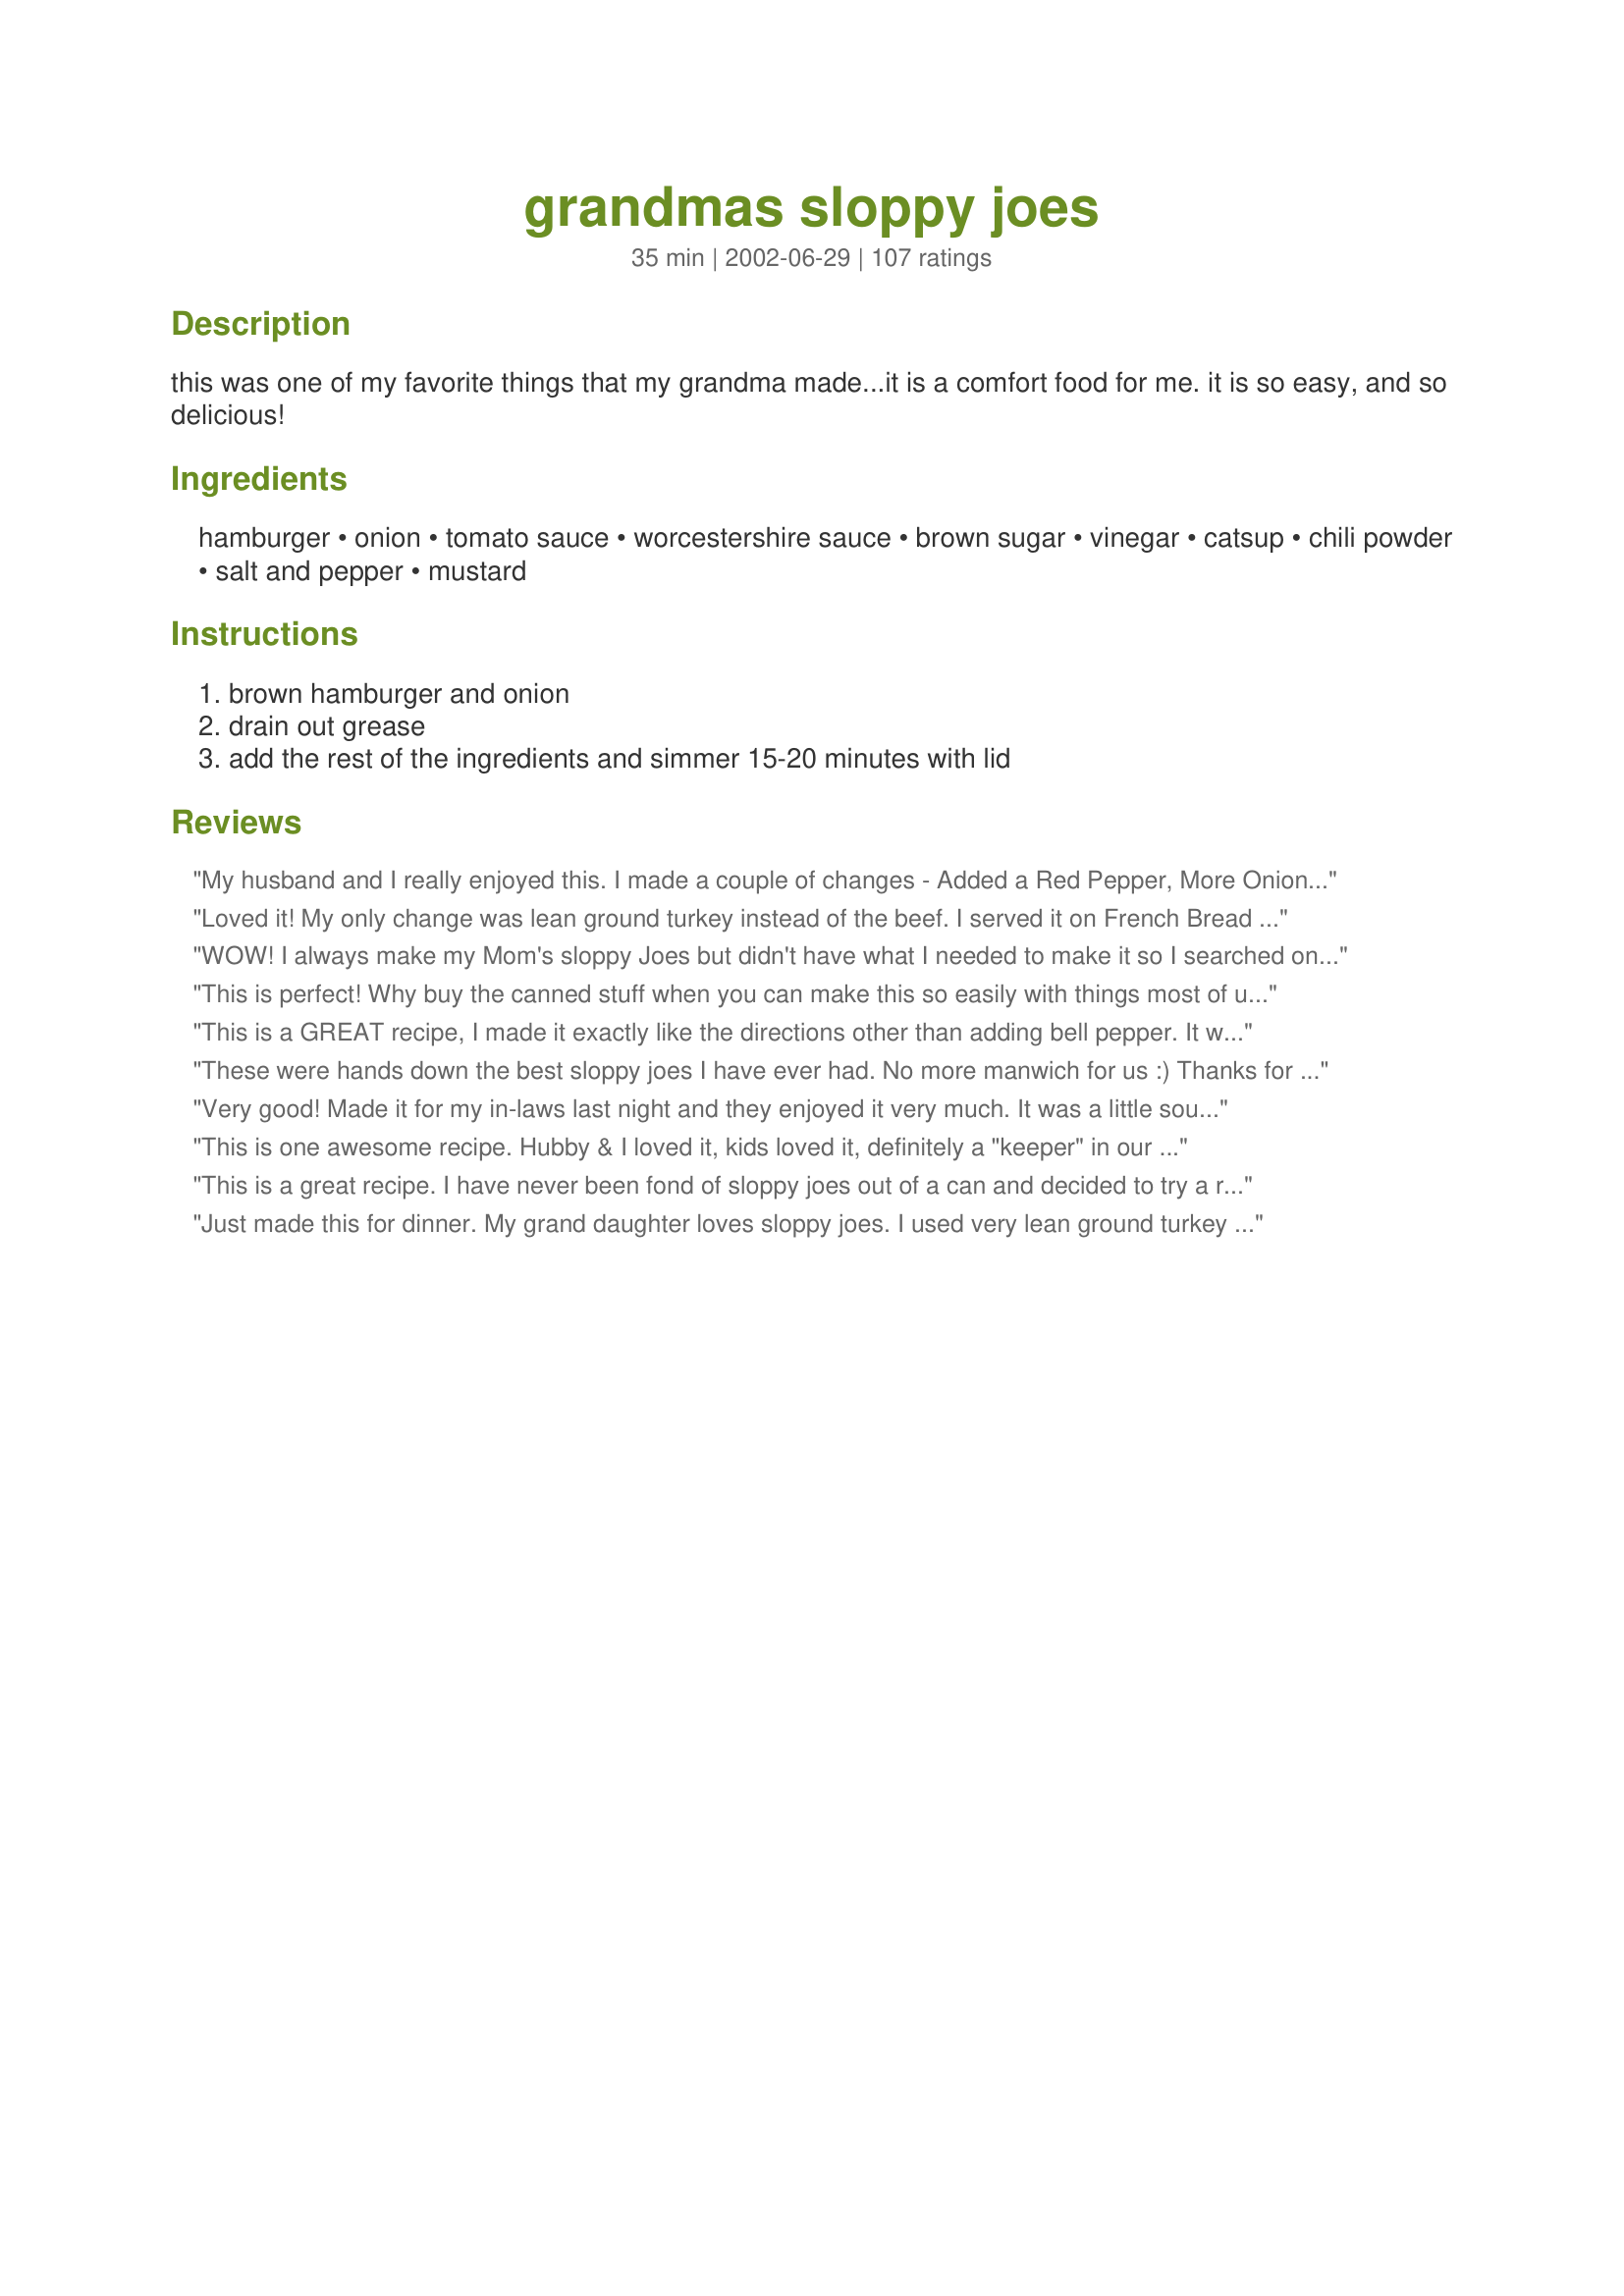
grandmas sloppy joes
Preparation time: 35 minutes

this was one of my favorite things that my grandma made...it is a comfort food for me. it is so easy, and so delicious!

Ingredients:
hamburger, onion, tomato sauce, worcestershire sauce, brown sugar, vinegar, catsup, chili powder, salt and pepper, mustard

Steps:
brown hamburger and onion, drain out grease, add the rest of the ingredients and simmer 15-20 minutes with lid

Reviews:
My husband and I really enjoyed this. I made a couple of changes - Added a Red Pepper, More Onion, A clove of Garlic, Some Garlic Powder and more Chilli Powder. It turned out perfectly over some hamburger rolls. Definitely a keeper! Thanks so much :)
Loved it! My only change was lean ground turkey instead of the beef.
I served it on French Bread and it was delicious. Thanks.
WOW! I always make my Mom's sloppy Joes but didn't have what I needed to make it so I searched on here....Thanks for making something that was soooo similar and delicious!!! I used dry mustard instead and it seemed to work great!
This is perfect! Why buy the canned stuff when you can make this so easily with things most of us have on hand all the time! I didn't use the optional mustard and I thought it was just right...not too sweet, not too tangy. This will be the one I use from now on. Thanks!..and Thanks to your Grandma too!
This is a GREAT recipe, I made it exactly like the directions other than adding bell pepper. It was so good, it would have been great without the bell pepper. I was hesitant to use chili powder but I'm glad I did. I started out with one teaspoon and it was so good I went ahead and added the 2nd teaspoon. Will NEVER USE canned sauce again. Thanks for sharing recipe.
These were hands down the best sloppy joes I have ever had. No more manwich for us :) Thanks for this one, we will be using it from now on. The only change I made was to add 1/2 green pepper chopped fine.
Very good! Made it for my in-laws last night and they enjoyed it very much. It was a little soupy at the end of the cooking time, so I took the lid off and let it thicken up a bit. MIL asked for the recipe. I have made it (by accident) without the ketchup and it was good that way too. Miss Diggy, thanks for a great recipe!
This is one awesome recipe. Hubby & I loved it, kids loved it, definitely a "keeper" in our household! Subbed some Splenda for the brown sugar, but otherwise followed the recipe. Thanks Diggy!
This is a great recipe. I have never been fond of sloppy joes out of a can and decided to try a recipe. My whole family enjoys this recipe. I used onion powder instead of onions and it turns out great! Thanks for the recipe.
Just made this for dinner. My grand daughter loves sloppy joes. I used very lean ground turkey and it was awesome. I will keep this and continue to make these for my grandchildren and myself too. By-the-way, my grand daughter loved it.
We liked it a lot, did the exact recipe; easy to make, easy to cook, easy to serve. Who could ask for anything more?
I am writing this review as I eat these amazing sloppy joes! I just couldn&#039;t wait! I opted out of adding onion per my husbands request (he is not a huge fan of onion, although I sneak them in when I can) ;-) I also did not add musturd. All three of my girls and hubby loved them. Huge hit, will be making again... thanks!
This is an excellent sloppy joe recipe! As someone else noted, it's not sweet, which is why I tried this recipe. I absolutely loathe the sweet and meat taste combination, and this certainly didn't have that. I plan to add this to my weekend lunch rotation, because it's quick, easy and delicious. As a side note, I had some left over, so for lunch I put it in tortillas with some shredded cheddar cheese, lettuce and sour cream. It was delicious!
I used this recipe to build a vegetarian sloppy joe with mashed kidney beans and it was AMAZING! I used about half the brown sugar and ketchup called for here, no mustard, and probably a bit less chili powder as well, with red wine vinegar. To. Die. For. Perfect comfort food. Thanks so much!
This was really good...my boyfriend loved them! I had to cut the ingredients in half but they came out great!!!! Thank you for posting.
Good and easy to whip up in a flash from pantry ingredients. Thoroughly drained the fat, and ended up doubling the tomato sauce so there was enough liquid to simmer. Thanks for sharing the recipe!
Love this! My kids were actually whining and crying BEFORE tasting it, you know the usual, " I don;t like it, it's disgusting" etc. Then they finally tried it and had seconds!!! they are 4 and 6 years old and I am so happy to have something else they will not only eat but love! I di add just a little extra sugar and out in a little less chili powder, but other than that perfect for us!!! Can't wait to make again and share with friends and family! Thanks!!!
Wow! Diggy, you're sooo lucky to have such a talented grandma. What a wonderful recipe!Thanks so much for sharing this very versatile and tasty dish.It was fast and easy to make.We had it for dinner last night and really enjoyed it. I love comfort food and am looking forward to having the rest for lunch today.
Ooh! My grandmother never made anything like this! She taught me how to make jam, but that's about it. My mom wasn't much of a cook, either. This is great! Wonderful recipie. Next time I'll try the peppers and cheese, too. With cooler weather coming I forsee this a lot in the future. So much more interesting than plain burgers. And Sloppy Joes was always a mystery to me...
Awesome. Normally, I'm not a fan of the brown sugar/vinegar/ketchup/mustard idea with meat, but for whatever reason I keep making these!!! I added a couple of glugs of Diana's Original barbecue sauce and subsituted some of the tomato sauce with pizza sauce. Served on a bun with a slice of processed cheese ~ will add a couple thin rings of raw green pepper next time, I think. YUMM.
What a great recipe. Quick and easy. I made this last night and even my son said it was really good. I made it exactly as stated and I added some celery green peppers and roasted red peppers from the jar. Just personal preference. It turned out great. Thank you, I'll be making this again. Best of all I won't have to buy the stuff in the can anymore because my son loves sloppy joes.
I tried it and these were great. I halfed the recipe and omitted the mustard. I used onion powder instead of real onion and Ragu Spaghetti sauce with mushrooms for the tomato sauce. Delish! Thanks for sharing!
I wasn't real impressed with this, at first, but my wife LOVED it...& she makes a KILLER Sloppy Joe using Wishbone French Dressing instead of catsup + a few other "unknown" ingredients.
I thought this was missing something. We had some leftover, so I added some Celery Salt & that did the trick!
WOW! Awesome, no more Manwich's here anymore! We just happened to have all the ingredients in the house and whipped it up. Definately making it again, thanks!
Peter.R: first of all SAHS7390 wrote that review like 7 or 8 years ago so may never see your comment. Second, author wants to know how people tweaked the recipe. I don’t see why you’re putting this person down when so many other reviewers did same thing
Delicious! Everybody loved them including my mom and they were just like what she used to make without the green bell pepper (thank goodness). They were super easy to make too.
I made 6x the recipe for a party and it made a ton, ton, ton! Not that anyone complained, everyone wanted leftovers to take home... wow, was it good. I had 2 people who don't even like sloppy joes go back for seconds! Thanks, this will be a new family staple and once the hamburger is browned, it's a breeze to whip up and warm in a Nesco or slow cooker.
I made this as a change from my usual sloppy joe mix. I did need to add more chili powder & some onion powder (I left out the onions).
WOW!!! YUM!!
I just made this recipe. Its the best sloppy joe recipe I ever had. So tasty and easy to make, my whole family loved it.
Nice easy very good tasting sloppy joes.
Wonderful recipe! Loved by the whole family. They thought it was better than the Manwich sauce. Yay! Thank you for sharing??
Wonderful! We all loved this, and plenty left over. I added some homegrown peppers, but changed nothing else. Thank you.
Delicious! We have tried a few sloppy joe recipes here in Australia since there is no Manwich. This was definitely the best. I did have to improvise--I didn't have enough catsup, so I added some steak sauce and more tomato sauce to make up the difference. Everyone loved it here and DD, who doesn't generally like meat or tomatoes, asked for more meat without a bun after eating one and a half!
This is the first time I've ever made homemade sauce for sloppy joes. I will never buy a sauce for packet again. I might try to pressure can this for an easy dinner. I served this over hashbrown patties. With corn on the cob from our garden. Awesome dinner, thanks so much for posting!
This was a GREAT Sloppy Joe! I have searched and searched for the best one out there. We really don't like the ones that are too sweet or too much like BBQ. This was the perfect balance. It only needed a little bit of salt and I added lots of black pepper for zip. Delicious!
Very easy and very good! Cut the recipe in half to feed myself and my 3 small boys. No leftovers!!
I made this recipe tonight in preparation for a family gathering for Father's Day. I was floored at how quick and easy it was to make these. Most of all I was blown away by the flavor... DELICIOUS!!! I will definitely be making these again.
Eh. Not bad, but lacking flavor. Followed to a T and I have other recipes I prefer. Mostly just tasted tomato with an after of chili powder. Didn't even notice the worcestershire and I was sure I would.
I fixed this as written, then while it was cooking I tasted it. It needed something, I added garlic. Still it needed something, I sauted some celery and added it. Just never found what it needed to send it over the top. It was good and made a nice Friday night dinner. Thanks for posting Miss Diggy.
How easy and quick this came together. I used 1.25 pounds of ground chuck and 2 pounds ground turkey combined well then doubled the other ingredients and fed lots of hungry kids and some surprised adults. This is a keeper
I let my 10 yo daughter grade this and she says 5 stars for sure. The combination of flavors taste authentic to the sloppy joes I've known from the can/jar/packet. I guess that's a good thing...lol. I think next time I might add a couple of tablespoons of tomato paste to thicken up the sauce just a little. I served these with some homemade rolls and carrot sticks. An easy weekend dinner for sure! Pam
We grew up on a similar recipe in Michigan! Only we omitted the worchester sauce used lemon juice and omitted the chili powder- It is soooo good! If we didnt have tomatoe sauce- tomato juice or V-8 is a good stand in! Top it with a slice of cheese and YUM!
Made this for a friends family when her mother passed away. Very easy to make had everything already on hand. Tasted it along the way and thought it was really good. My oldest kept taste testing also and liked it very much. My friend said it was good and her family enjoyed it (her son ate four sandwiches.) Thanks for posting it.
Really liked this recipe. I made it a day ahead because a lot of times sauce is better the next day. I did end up using some paprika and cajun spice just before serving because I thought it could use some heat. It was just right for us!
This was Excellent! I followed your recipe exactly except for the mustard because I didn't have any at the time, but next time I will use it, because I like a little mustard in it. I served it on homemade hamburgar buns. Thanks to you Diggy for posting this and thanks to your grandma for a great recipe..
Great easy dinner. Made this for two but added salami as I only had 1/2 lb. burger. Served over thin buns with roasted potato slices.
this is one of the best recipes on this site. Delicious, make it exact to directions, came out great, had a friend over she loved it, a keeper and will make again.
Made this last night to eat tonight. I wanted the flavors to meld overnight. Tasted great when I tested it. Pretty much followed the recipe except I added celery, carrots and shallots to the onions and cooked until soft. Also used about half the amount of catsup to cut down on the sweetness and freshly grated some nutmeg into the mix for some savory. Turned out really delicious and the right amount of sweetness for me.
Easy to cook and very yummy.
Made it with ground beef and let it simmer for a while while preparing side dishes. The result was a thick tasty sloppy Joe.
I found this recipe on pinterest 08/01/12, let me just say I will never again buy canned or packets of sloppy Joe. I was amazed with the outcome, of course due to family size I doubled all ingredients except for ground meat and chili. Recipe is VERY tasty and will recommend recipe to family and friends. Thank You so much
We tried this last night. AMAZING!!! Never had a better sloppy Joe in my life. Will be my forever go to recipe. Thank you!!!!!
Nice and fresh tasting. No more canned sauces here. It would be good on a prebaked pizza crust with corn and mozzarella and cheddar or a mixture of both.
This is a very good recipe. We make it often because it is so fast and easy and tastes great.I cut the recipe in half for two people. Thanks Miss Diggy for sharing
Update I have tryed several other sloppy joe recipes on this site and this is the best (sloppy joes are not fancy) they are just good.
We love sloppy joes and this recipe is exactly what we like. I am so glad I found this cuz this will be my recipe from now on. Thank you so much for sharing, my family thanks you too.
Very good sloppy joe recipe. I added jalapenos because my family likes things spicey. They all enjoyed it. Thanks
Very yummy. The recipe does not specify which size of tomato sauce can to use. I used an 8 oz. can for half a recipe, and it turned out just the right consistency. I used Balsamic vinegar, and added chopped celery. Will make again ....
Was looking for a homemade sloppy joe recipe as Im trying to phase out pre-packaged, processed foods. Chose this one because it didn&#039;t have me simmering for an hour (I had to cook in 30 minutes or less that night), and sounded delicious. Will not be looking for at any other sloppy joe recipes because I have found the keeper!! So, so, sooo good, Miss Diggy!
Hubby is low to no sodium diet, so I made it using salt-free ketchup and tomato sauce, cut the worchesrshire sauce in half, added a splash of liquid smoke, lots of garlic with the onions and some hot sauce. Cooked it all in my Turbo Cooker and after mixing in the sauces, let it slow cook for a hour to blend the flavors (the salt-free sauce makes this necessary since it has little flavor on its own.). Soooo good, will make again.
Great sloppy joe recipe. Made exactly as recipe stated and it was delish.
i just made this for lunch. i used ground chicken and added in some green peppers and celery to bulk it up without adding more meat, but the sauce was so great that the veggies just melted into the sauce.
it was really quick to put together and it tasted really good! very classic tasting.
Fabulous: We used firm tofu - chopped fine, ( we're vegan, cept for bacon ) a fennel bulb replaced the onion, 2 6oz cans tomato paste,1/3 cup woostersheer, 1/4 cup brown Splenda, 2 tablespoons cooking sherry, 3/4 cup sriracha, 1 Tablespoon chipotle powder, and 1/4 cup mustard seeds - crushed. We just nuked it real good - makin sure no bugs survived. We did have a lot leftover from Granma's wake... but it was mighty good with gravy the next week..
This was yummy! I bought manwich at the store and guess it didn&#039;t make it home so when I went to add it, it wasn&#039;t there!! Looked this up and had everything on hand... it was GREAT! and easy!&lt;br/&gt;Might not be buying the Manwich...
This is not just AMAZING, a KEEPER, GREAT.... it's the BOMB. I had the day off and started cooking early. Usually serve supper at 6:00. Guess it smelled good, because I stuffed myself and was asleep by 3:30.
My husband and I loved these! They were very easy to put together and tasted so much better than the stuff in a can. This one's a keeper. Thanks!
I forgot to review this,tried it in 2009 and my whole family loved it,its my go to sloppy joe recipe.
very delicious. this is my new sloppy joe recipe. I used one can of tomato sauce, some water and 2 tablespoons of tomato paste.I also added 1/4 cup green bell pepper
I just had to add my 5 star rating for this yummy recipe. I made it as per recipe directions and it was excellent. I'm glad that the recipe makes plenty as everyone had to have seconds. Both my daughters took the recipe with them as they announced this was going to be their signature sloppy joe dish from now on. Thanks so much for a great recipe.
This is absolutely delicious! I did use my husbands salsa instead of tomato sauce to eliminate the need for onions. Other than that I followed directions completely and loved it!!!
So, SAHS7390, you made a completely different recipe, and patted yourself on the back by calling it AMAZING.
very easy and quick to make and delicious. i'm keeping this one on hand for my go to. the only thing i did was add some green peppers and paprika to it..
i was surprised how quick this was to make.
I made this for a co worker. I made one small change, I added maybe one teaspoon of cinnamon, but other then that I followed it as written.
There are tons of ways to make sloppy joes but this is not one of the better ones. It comes out too greasy and if you want really good flavor, you have to add lots of your own tweaking. Would benefit from carrot, celery, green or red pepper. But then you'd have a different recipe
Really quick to make with common ingredients. I added just a little cayenne pepper for flavor. For a spectacular dinner, try these sloppy joes with one of the recipes on this site for bread machine Hamburger Buns. WOW-WEE! oh so good!
Good nothing fancy sloppy joe recipie. I can't say I won't try other recipies however this one is so easy and good I will use it again.
Awesome, awesome, AWESOME!!!

The only difference in what I made and the actual recipe was that I didn't have any brown sugar on hand so I threw a tsp ie so of white sugar and a little bit of molasses in it. Very easy recipe to make, just mix up all the sauce ingredients while the meat and onion are browning, then dump, stir and simmer. I served it on toasted onion rolls and it was perfect! Thanks for sharing an excellent recipe, I will never buy Manwich again!
I thought this recipe had "THE" classic sloppy joe flavor, and very easy to make. I think any kid would love this version of sloppy joe, and this recipe will definitely be placed in the "repeats" of recipes for us that we find at zaar. Thank you for posting.
Wow! These were great! I'm not a big fan of sloppy joes. I'm on a diet and figured I could make these for the kids and it wouldn't tempt me. I wanted to try just a small taste to see if they were good or not. Needless to say, I couldn't stop there. I had to have one. They have a little bit of kick and they were perfect! This will be saved in my favorites and made many times to come!
These were really good! A little more "ketchup-y" than I would have liked, so next time I'll cut that a little. The sauce was rich and thick, which I really like. Thanks!
Easy and quick!
Great sloppy joe recipe, I usually just mix up something off the top of my head for sloppy joes so its nice to have a standard recipe to use.One thing I like to add is lots of finely chopped celery and green pepper. Thanks for a great basic recipe.
the BEST sloppy joes EVER!!! So yummy. Not too sweet...i have been craving them since I made them! This will be a regular in our house!
This was a great recipe for Sloppy Joes. Super easy and much tastier than the can. This is a keeper for my family!
Quick easy dinner for us. We added green peppers. Made for Name that Ingredient.
Everyone loved it!!! Great for a homemade family meal!!
Perfect flavor! These sloppy joes weren't too sweet and had the nice zip that I like. I upped the vinegar and Worcestershire a bit and used the mustard option. Easy, quick and yummy. We added some raw veggies as a side and loved it.
soooooooooooooo good and sooooooooooooooooo easy!!! I accidently made this with 2 Tablespoons of chili powder instead of 2 teaspoons... lmao my husband liked it!!! lol
Everyone thought this was really good. I served it on whole wheat hamburger buns with Recipe #210719 on the side. I used 3 T of Worcestershire sauce and used dry mustard because I wasn't sure whether the recipe meant dry or prepared.
Love the recipe. It's become our staple Sloppy Joe recipe. I usually add extra mustard, but that's just a personal preference.
I needed a recipe that used what I had on hand. Made it with 1 can tomato sauce and 1 small can tomato paste. Used Balsalmic vinegar and followed the resat of the recipe. I did use some water to thin it and worked well. Gave it 5 stars as DH ate it 3 days in a row at his request. He does not like leftovers and I can get him to eat them maybe once after with a day between. We both loved. Such great taste. I&#039;ll be using this recipe forever. Think I&#039;ll pass it on to my daughter.
We really liked these. My husband usually doesn't like sloppy joes and thought these were great! Thank you!
we had these for dinner tonight openen faced with cheese melted on top really delicious
loved it!
Perfect sloppy joes. Thank you.
I hate canned and jarred Sloppy Joe sauces! Not just because of the preservatives, but because we like the fresh taste of "made from scratch". Fabulous! I had some left over chopped onions, added some chopped green bell pepper and 3 tablespoons of tomato paste (we like it thick). Great recipe! I will definately be making this again. Thanks Diggy! There is nothing like Grandma to give you those warm comforting memories!
Very nice. Doubled everything except the hamburger and it was enough to feed my crowd and then some. Thanks for sharing.
We also put some cheddar cheese on the sandwich, and it was wonderful!
Great sloppy joes! I half it and skip the vinegar and it&#039;s great! Thanks for the keeper!
YUM!! We made these last night and they turned out terrific. I had a second helping and my husband had thirds. I ommitted the mustard, since I didn't have any on hand (and I don't really have a taste for mustard) and it was great. We added some spice to it by adding some of my husbands home grown peppers. Very good. (and very easy too! Thanks DIGGY ;)
My husband and I LOVED it! It was so good we made again 4 days later for a last minute guest for lunch! It will be in my to go recipe from now on.
I halved the recipe because I had some leftover ground beef. My BF loved it! Thanks for the idea.
This was wonderful! We added a teaspoon or so of garlic ( just a preference ) and we used Splenda brown sugar mix instead of traditional brown sugar. My son who wont touch an onion with a 10 foot pole inhaled it. Thanks for posting!:)
Oh boy.. what a yummy messy sammich.... I used dehydrated onions because I didnt have any fresh and worked great! I made everything else to the recipe.. My family ate it like candy... I served tator tots on the side. This will be my number one sloppy Joe recipe..Thanks!
We liked it, but after all the great reviews, were a little disappointed. It seemed like it was missing something. Thanks for posting.
delicious!!!! this is an awsome recipe.
I usually use another recipe to make my sloppy joes, but wanted to try a different one just to make sure there wasn't a better recipe out there. Although these were good, I still prefer my other recipe and will stick with that one. I made as directed, but added a little bell pepper for personal preference. Thanks, Miss Diggy, for sharing.
I&#039;ve tried some other sloppy joe recipes, but none were just right. This is and the family loves it. I do add the optional mustard.
These were the best sloppy joes I ever had. I put a slice of Mozzerella cheese on the bread, and then put the sloppy joe mixture on top. Also sprinkled with a bit of parmesean cheese on top.
